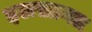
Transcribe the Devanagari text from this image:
इलख़ानत